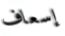
إسعاف